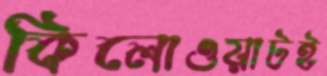
কিলোওয়াটই